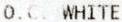
O.C. WHITE